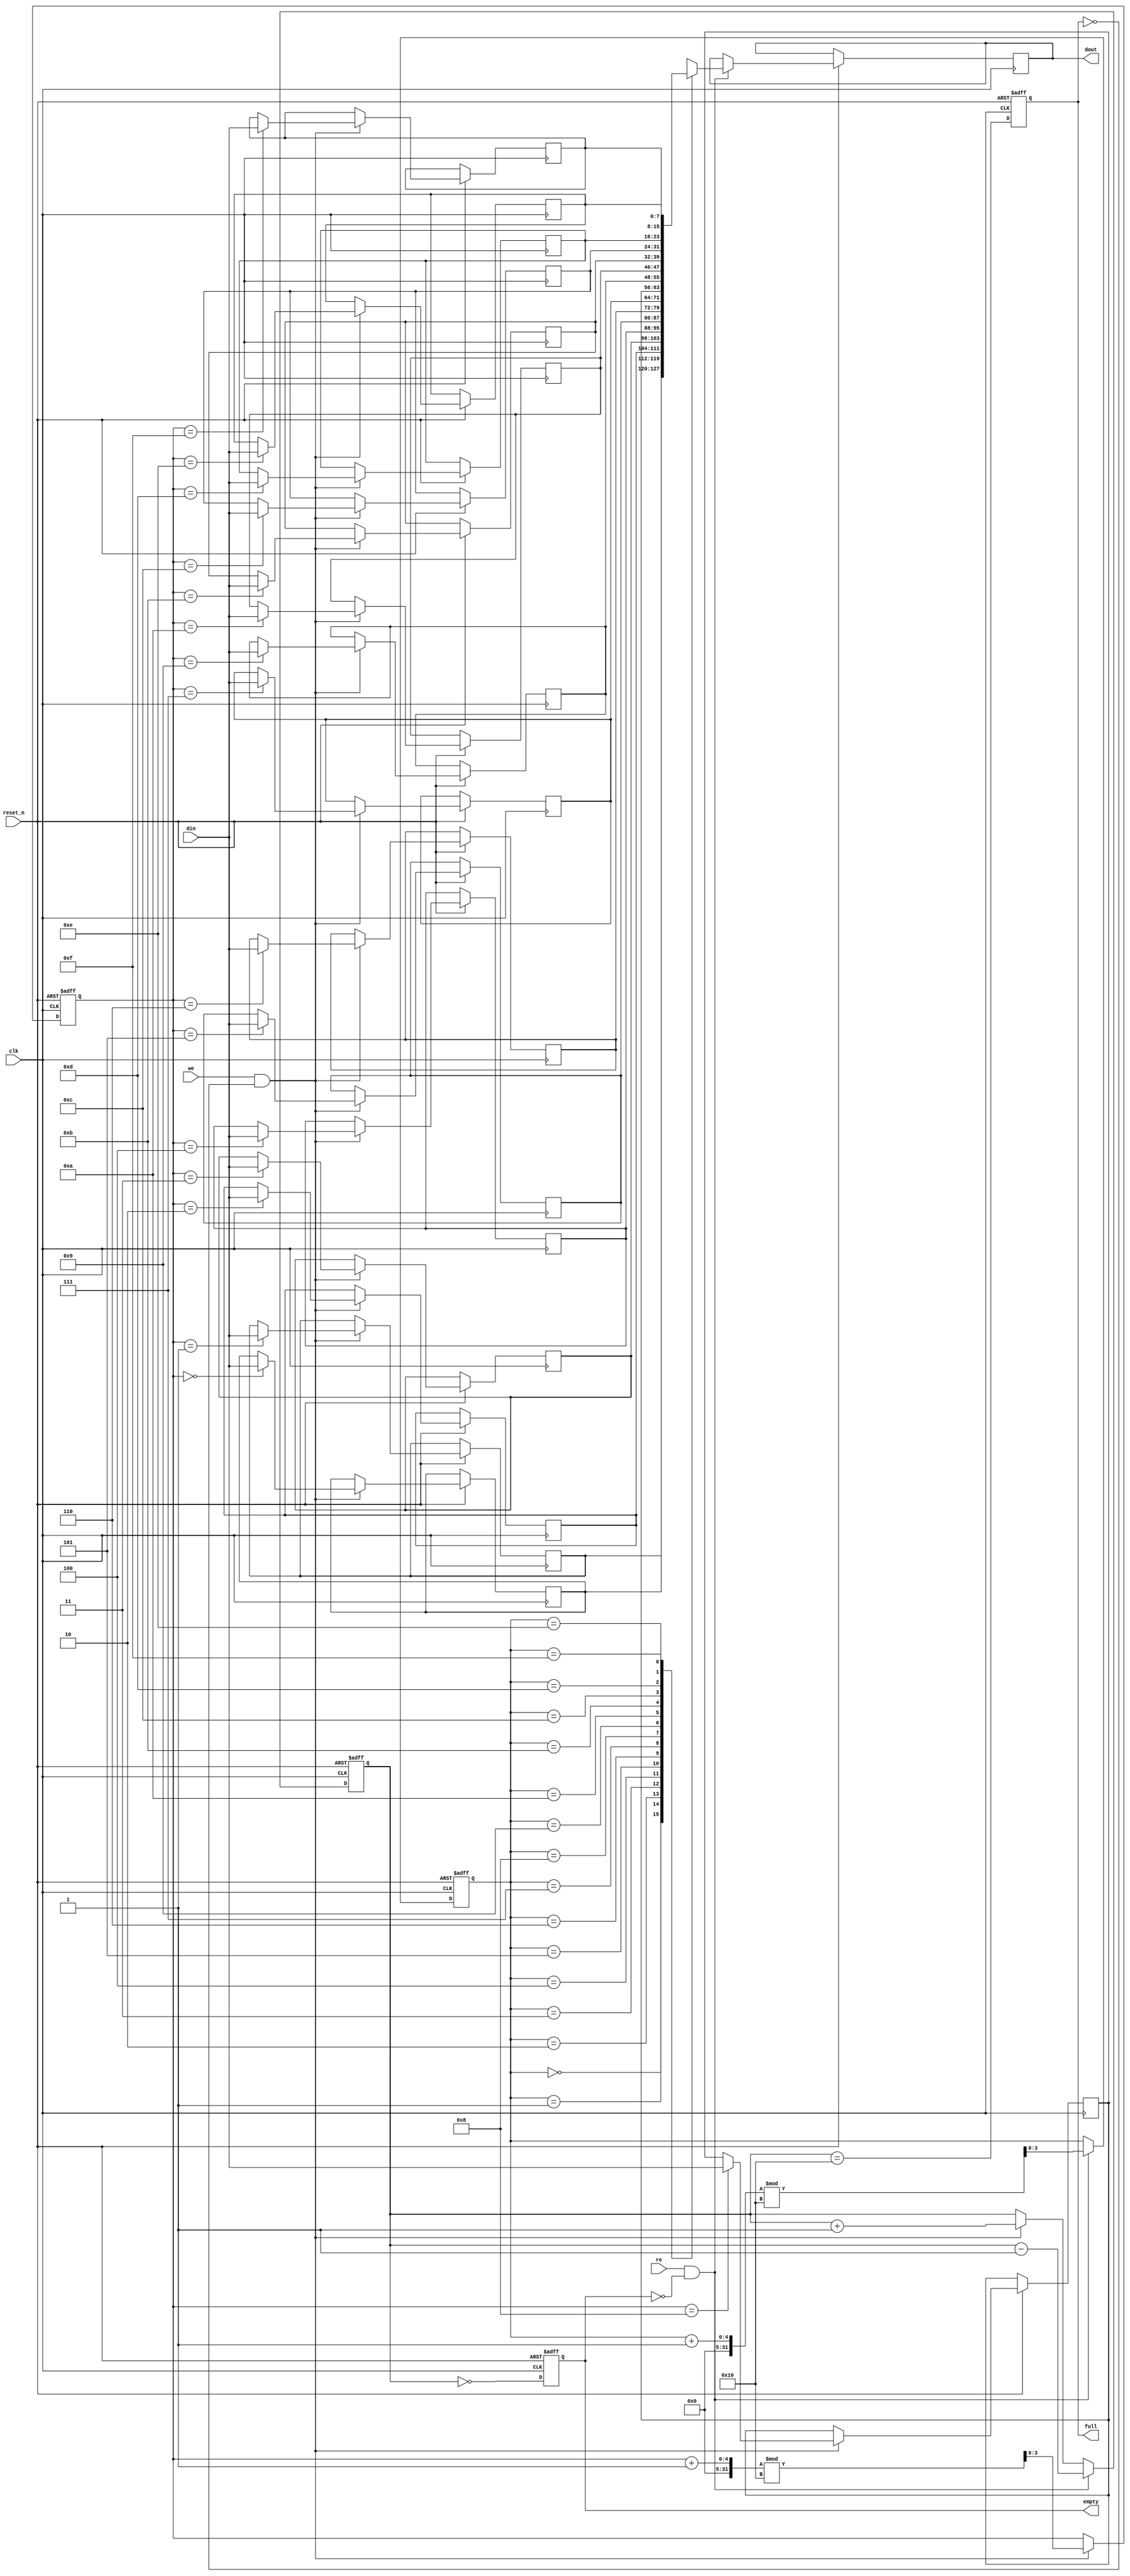
module fifo_sram #(
    parameter DEPTH = 16,   // Number of entries in the FIFO
    parameter WIDTH = 8     // Number of bits per entry
) (
    input wire clk,          // Clock signal
    input wire reset_n,      // Asynchronous reset (active low)
    input wire we,           // Write enable
    input wire re,           // Read enable
    input wire [WIDTH-1:0] din, // Data input
    output reg [WIDTH-1:0] dout, // Data output
    output reg full,         // FIFO is full
    output reg empty         // FIFO is empty
);

    // Memory array
    reg [WIDTH-1:0] mem [(DEPTH-1):0];
    
    // Pointers for read and write operations
    reg [$clog2(DEPTH)-1:0] w_ptr; // Write pointer
    reg [$clog2(DEPTH)-1:0] r_ptr; // Read pointer
    reg [$clog2(DEPTH):0] count;    // Count of elements in the FIFO (max count is DEPTH)

    // Initial values for pointers and flags
    initial begin
        w_ptr = 0;
        r_ptr = 0;
        count = 0;
        full = 0;
        empty = 1;
    end

    // Asynchronous reset
    always @(posedge clk or negedge reset_n) begin
        if (!reset_n) begin
            w_ptr <= 0;
            r_ptr <= 0;
            count <= 0;
            full <= 0;
            empty <= 1;
        end else begin
            // Write operation
            if (we && !full) begin
                mem[w_ptr] <= din;
                w_ptr <= (w_ptr + 1) % DEPTH;
                count <= count + 1;
            end

            // Read operation
            if (re && !empty) begin
                dout <= mem[r_ptr];
                r_ptr <= (r_ptr + 1) % DEPTH;
                count <= count - 1;
            end

            // Update full and empty flags
            full <= (count == DEPTH);
            empty <= (count == 0);
        end
    end
endmodule